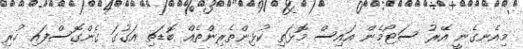
މިއެނގެނީ އޭރު ސަޓޯމެން އައިސް މޮޅަތި ކުޅިންތެރިންތެއް ބޮޑަތި އަގުގަ ގެންގޮސްފައި ހުރި